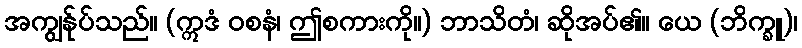
အကျွန်ုပ်သည်။ (ဣဒံ ဝစနံ၊ ဤစကားကို။) ဘာသိတံ၊ ဆိုအပ်၏။ ယေ (ဘိက္ခူ)၊